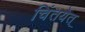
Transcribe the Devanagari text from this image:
चिंतयेत्